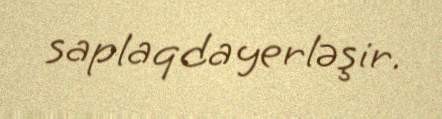
saplaqda yerləşir.